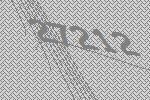
27212